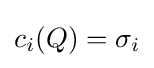
c_{i}(Q)=\sigma _{i}